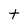
Character: t